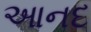
આનદ